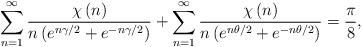
LaTeX: \begin{align*}\sum\limits_{n=1}^{\infty}\frac{\chi\left( n\right) }{n\left( e^{n\gamma/2}+e^{-n\gamma/2}\right) }+\sum\limits_{n=1}^{\infty}\frac{\chi\left(n\right) }{n\left( e^{n\theta/2}+e^{-n\theta/2}\right) }=\frac{\pi}{8},\end{align*}